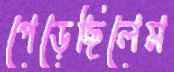
পেড়েছিলেম